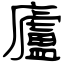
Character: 廬